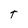
Character: T